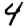
Digit: 4